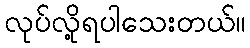
လုပ်လို့ရပါသေးတယ်။